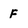
Character: F